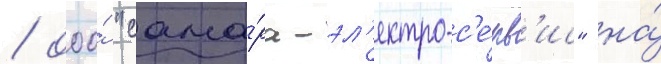
/ ооо́ "сама́ра-эл'ектро-с'е́рв'ис" на́